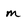
Character: m